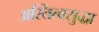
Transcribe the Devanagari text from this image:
अस्तित्वसुद्धा